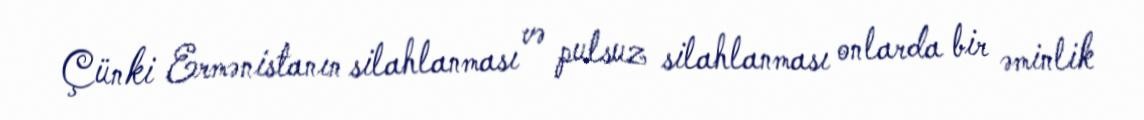
Çünki Ermənistanın silahlanması və pulsuz silahlanması onlarda bir əminlik